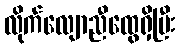
လိုက်လျောညီထွေရှိပြီး